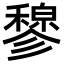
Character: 𫁇